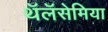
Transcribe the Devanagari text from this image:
थॅलॅसेमिया